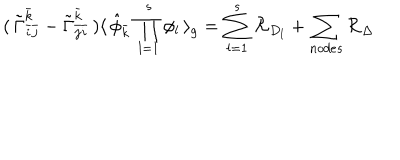
( \, { \tilde { \Gamma } } _ { { \bar { i } } { \bar { j } } } ^ { \bar { k } } - { \tilde { \Gamma } } _ { { \bar { j } } { \bar { i } } } ^ { \bar { k } } \, ) \langle \, { \hat { \phi } } _ { \bar { k } } \, \prod _ { l = 1 } ^ { s } \phi _ { l } \, \rangle _ { g } = \sum _ { l = 1 } ^ { s } { \cal R } _ { D _ { l } } + \sum _ { n o d e s } { \cal R } _ { \Delta } \,